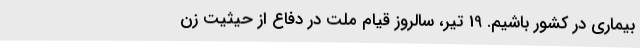
بیماری در کشور باشیم. 19 تیر، سالروز قیام ملت در دفاع از حیثیت زن